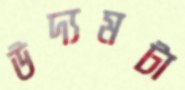
উদ্যমটা